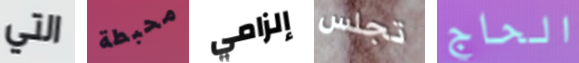
التي محبطة إلزامي تجلس الحاج